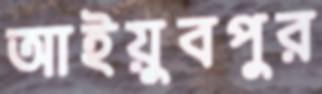
আইয়ুবপুর